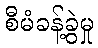
စီမံခန့်ခွဲမှု